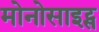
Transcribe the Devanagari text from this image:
मोनोसाइट्स